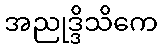
အညုဒ္ဒိသိကေ